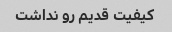
کیفیت قدیم رو نداشت